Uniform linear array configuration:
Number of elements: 4
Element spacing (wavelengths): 0.75
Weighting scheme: uniform
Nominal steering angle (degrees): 60
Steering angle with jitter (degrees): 60.389
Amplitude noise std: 0.05
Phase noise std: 0.05

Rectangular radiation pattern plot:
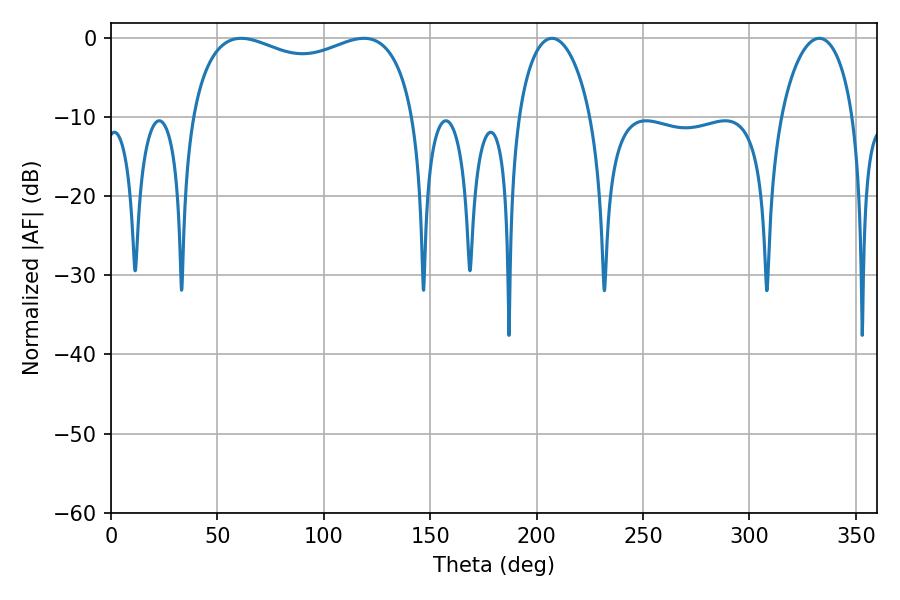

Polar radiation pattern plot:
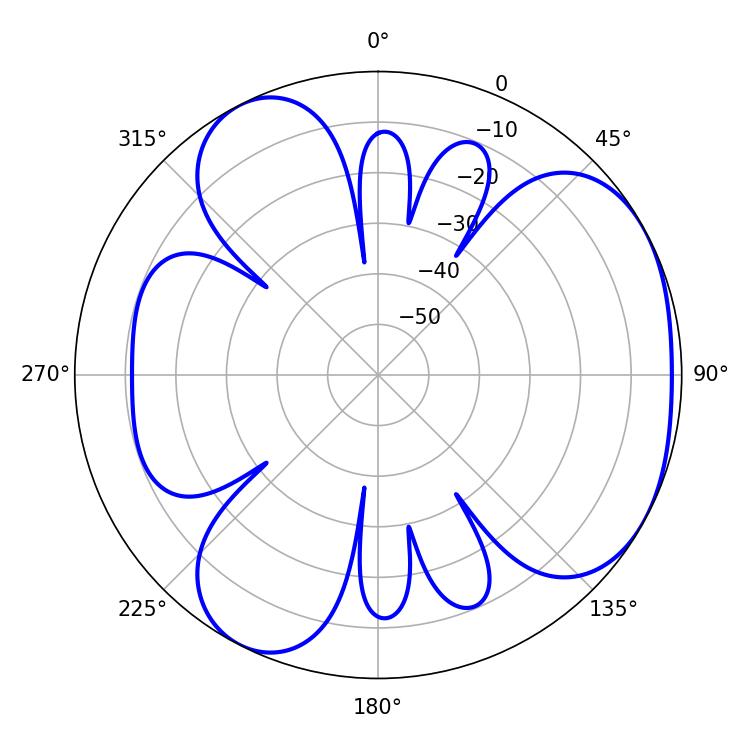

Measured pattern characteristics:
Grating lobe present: TRUE
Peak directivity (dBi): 4.128
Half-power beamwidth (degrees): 86.76
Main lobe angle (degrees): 118.8